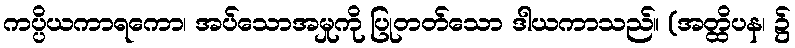
ကပ္ပိယကာရကော၊ အပ်သောအမှုကို ပြုတတ်သော ဒါယကာသည်။ (အတ္ထိပန၊ ၌